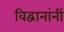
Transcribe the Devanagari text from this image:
विद्वानांनीं